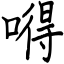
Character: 嘚